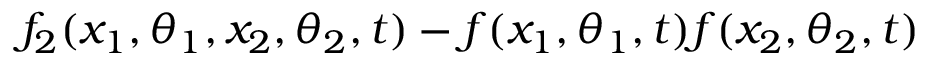
f _ { 2 } ( x _ { 1 } , \theta _ { 1 } , x _ { 2 } , \theta _ { 2 } , t ) - f ( x _ { 1 } , \theta _ { 1 } , t ) f ( x _ { 2 } , \theta _ { 2 } , t )